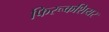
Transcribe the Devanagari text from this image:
फिरूकशियर